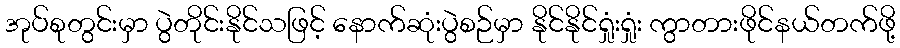
အုပ်စုတွင်းမှာ ပွဲတိုင်းနိုင်သဖြင့် နောက်ဆုံးပွဲစဉ်မှာ နိုင်နိုင်ရှုံးရှုံး ကွာတားဖိုင်နယ်တက်ဖို့